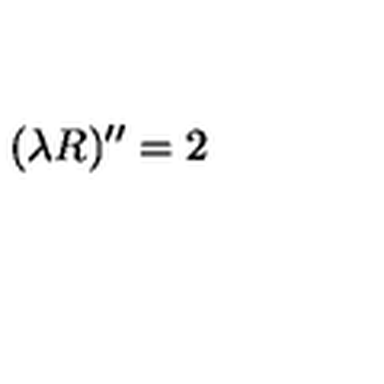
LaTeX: ( \lambda R ) ^ { \prime \prime } = 2